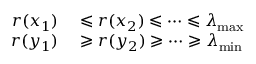
\begin{array} { r l } { r ( x _ { 1 } ) } & { { } \leqslant r ( x _ { 2 } ) \leqslant \cdots \leqslant \lambda _ { \operatorname* { m a x } } } \\ { r ( y _ { 1 } ) } & { { } \geqslant r ( y _ { 2 } ) \geqslant \cdots \geqslant \lambda _ { \operatorname* { m i n } } } \end{array}